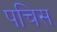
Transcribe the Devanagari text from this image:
पचिस